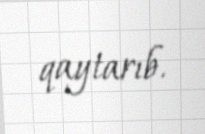
qaytarıb.